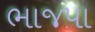
ભાજપા